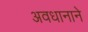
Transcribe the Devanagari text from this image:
अवधानाने